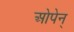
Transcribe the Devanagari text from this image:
ओपेन्